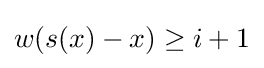
w(s(x)-x)\geq i+1